画像に写った文字を読んでください
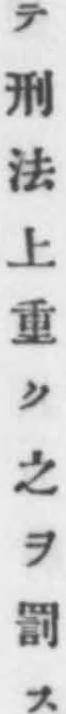
「テ刑法上重ク之ヲ罰ス」と書いてあります